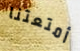
أمتعتنا